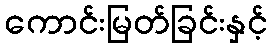
ကောင်းမြတ်ခြင်းနှင့်